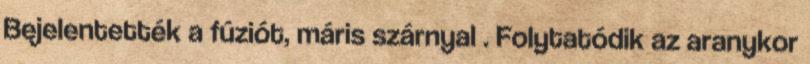
Bejelentették a fúziót, máris szárnyal . Folytatódik az aranykor